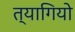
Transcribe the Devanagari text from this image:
त्‍यागियो